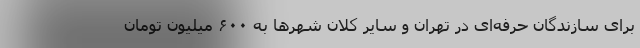
برای سازندگان حرفه‌ای در تهران و سایر کلان شهرها به ۶۰۰ میلیون تومان